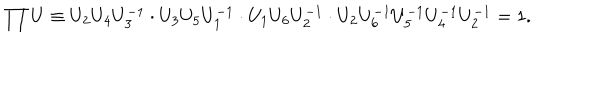
\prod U \equiv U _ { 2 } U _ { 4 } U _ { 3 } ^ { - 1 } \cdot U _ { 3 } U _ { 5 } U _ { 1 } ^ { - 1 } \cdot U _ { 1 } U _ { 6 } U _ { 2 } ^ { - 1 } \cdot U _ { 2 } U _ { 6 } ^ { - 1 } U _ { 5 } ^ { - 1 } U _ { 4 } ^ { - 1 } U _ { 2 } ^ { - 1 } = 1 .